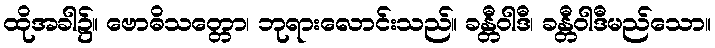
ထိုအခါ၌။ ဗောဓိသတ္တော၊ ဘုရားလောင်းသည်။ ခန္တီဝါဒီ၊ ခန္တီဝါဒီမည်သော။